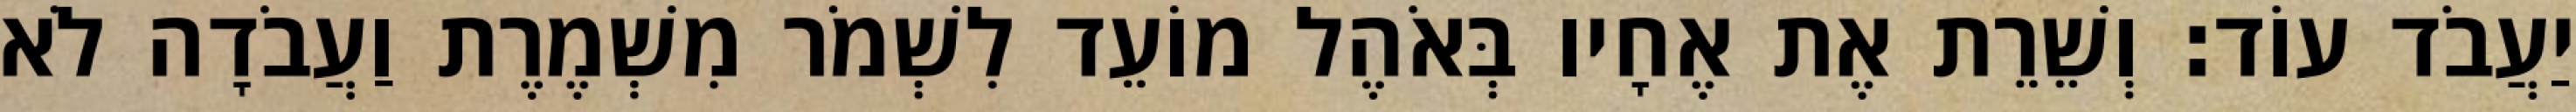
יַעֲבֹד עוֹד׃ וְשֵׁרֵת אֶת אֶחָיו בְּאֹהֶל מוֹעֵד לִשְׁמֹר מִשְׁמֶרֶת וַעֲבֹדָה לֹא